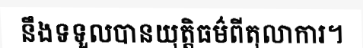
នឹងទទួលបានយុត្តិធម៌ពីតុលាការ។